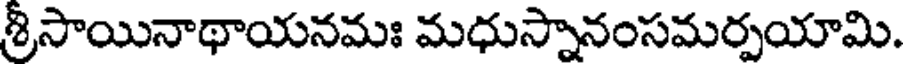
శ్రీసాయినాథాయనమః మధుస్నానంసమర్పయామి.